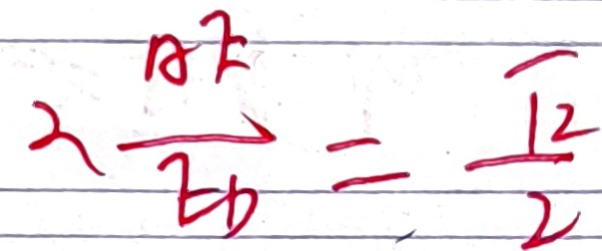
\therefore \frac { A E } { E D } = \frac { \sqrt { 2 } } { 2 }